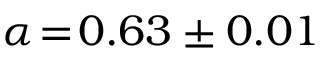
\alpha \! = \! 0 . 6 3 \pm 0 . 0 1